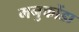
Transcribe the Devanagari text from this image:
मनुकोंडा